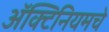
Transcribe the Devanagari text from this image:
ॲक्टिनियमचे